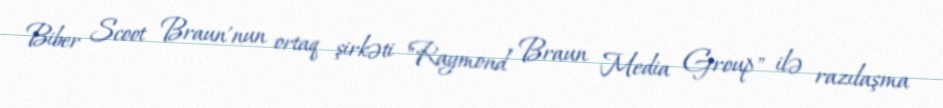
Biber Scoot Braun'nun ortaq şirkəti "Raymond Braun Media Group" ilə razılaşma